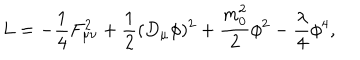
LaTeX: L = - \frac { 1 } { 4 } F _ { \mu \nu } ^ { 2 } + \frac { 1 } { 2 } ( D _ { \mu } \phi ) ^ { 2 } + \frac { m _ { 0 } ^ { 2 } } { 2 } \phi ^ { 2 } - \frac { \lambda } { 4 } \phi ^ { 4 } ,